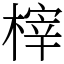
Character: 榟